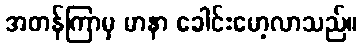
အတန်ကြာမှ မာနာ ခေါင်းမော့လာသည်။